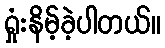
ရှုံးနိမ့်ခဲ့ပါတယ်။